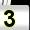
Digit: 3